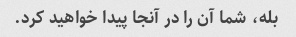
بله، شما آن را در آنجا پیدا خواهید کرد.